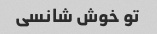
تو خوش شانسی